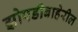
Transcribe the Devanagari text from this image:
झोपडीबाहेरील